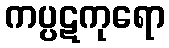
ကပ္ပဋကုရော